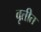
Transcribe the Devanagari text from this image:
वृतीत